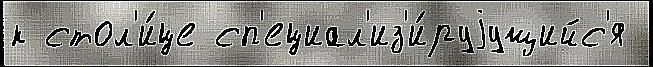
к стол'и́це сп'ециал'из'и́руjущийс'я